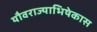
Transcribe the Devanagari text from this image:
यौवराज्याभिषेकास